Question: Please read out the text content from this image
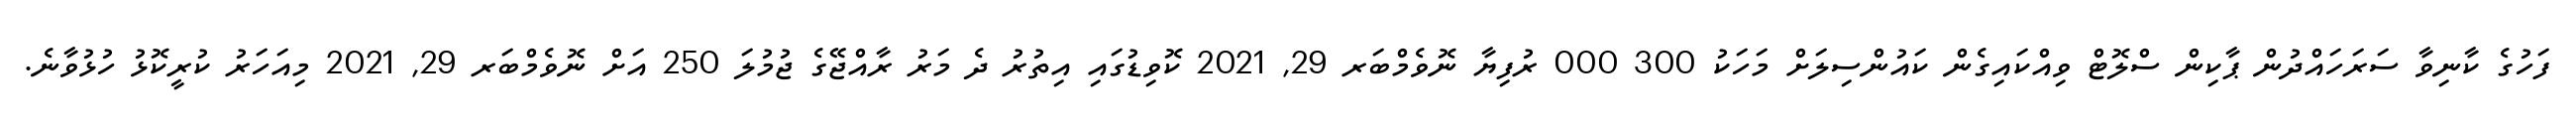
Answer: ފަހުގެ ކާނިވާ ސަރަހައްދުން ޕާކިން ސްލޮޓް ވިއްކައިގެން ކައުންސިލަށް މަހަކު 300 000 ރުފިޔާ ނޮވެމްބަރ 29, 2021 ކޮވިޑުގައި އިތުރު ދެ މަރު ރާއްޖޭގެ ޖުމުލަ 250 އަށް ނޮވެމްބަރ 29, 2021 މިއަހަރު ކުރީކޮޅު ހުޅުވާނެ.